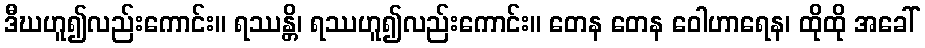
ဒီဃဟူ၍လည်းကောင်း။ ရဿန္တိ၊ ရဿဟူ၍လည်းကောင်း။ တေန တေန ဝေါဟာရေန၊ ထိုထို အခေါ်